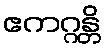
ဧကဂ္ဂန္တိ